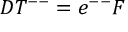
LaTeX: { \cal D } T ^ { -- } = e ^ { -- } { \cal F }